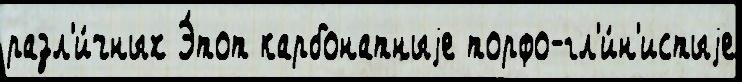
разл'и́чных Э́тот карбонатныjе торфо-гл'и́н'истыjе